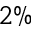
2 \%